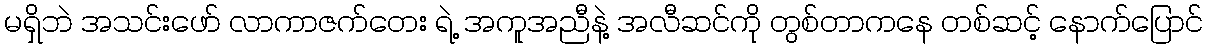
မရှိဘဲ အသင်းဖော် လာကာဇက်တေး ရဲ့ အကူအညီနဲ့ အလီဆင်ကို တွစ်တာကနေ တစ်ဆင့် နောက်ပြောင်